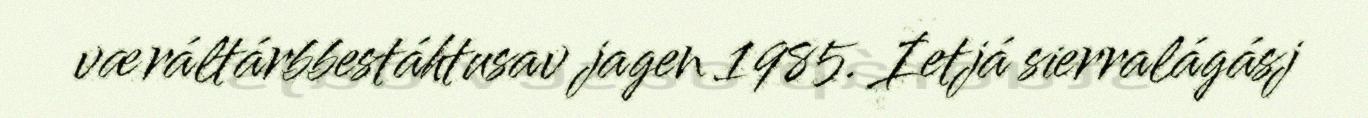
væráltárbbestáhtusav jagen 1985. Ietjá sierralágásj